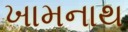
ખામનાથ